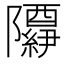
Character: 𬯢